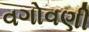
વગોવણી